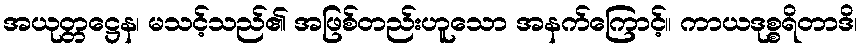
အယုတ္တဋ္ဌေန၊ မသင့်သည်၏ အဖြစ်တည်းဟူသော အနက်ကြောင့်။ ကာယဒုစ္စရိတာဒိ၊